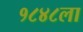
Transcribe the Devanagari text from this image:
१८४८ला